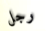
رجل